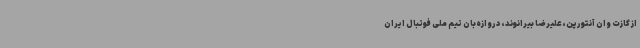
از گازت وان آنتورپن،علیرضا بیرانوند، دروازه‌بان تیم ملی فوتبال ایران